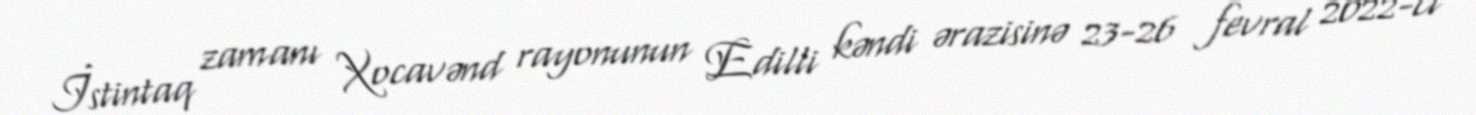
İstintaq zamanı Xocavənd rayonunun Edilli kəndi ərazisinə 23-26 fevral 2022-ci